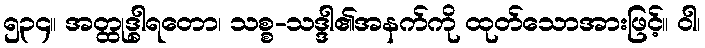
၅၃၄။ အတ္ထုဒ္ဓါရတော၊ သစ္စ-သဒ္ဒါ၏အနက်ကို ထုတ်သောအားဖြင့်။ ဝါ၊